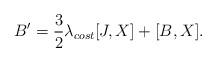
LaTeX: \begin{align*}B' = \frac{3}{2} \lambda_{cost} [J,X] + [B,X].\end{align*}